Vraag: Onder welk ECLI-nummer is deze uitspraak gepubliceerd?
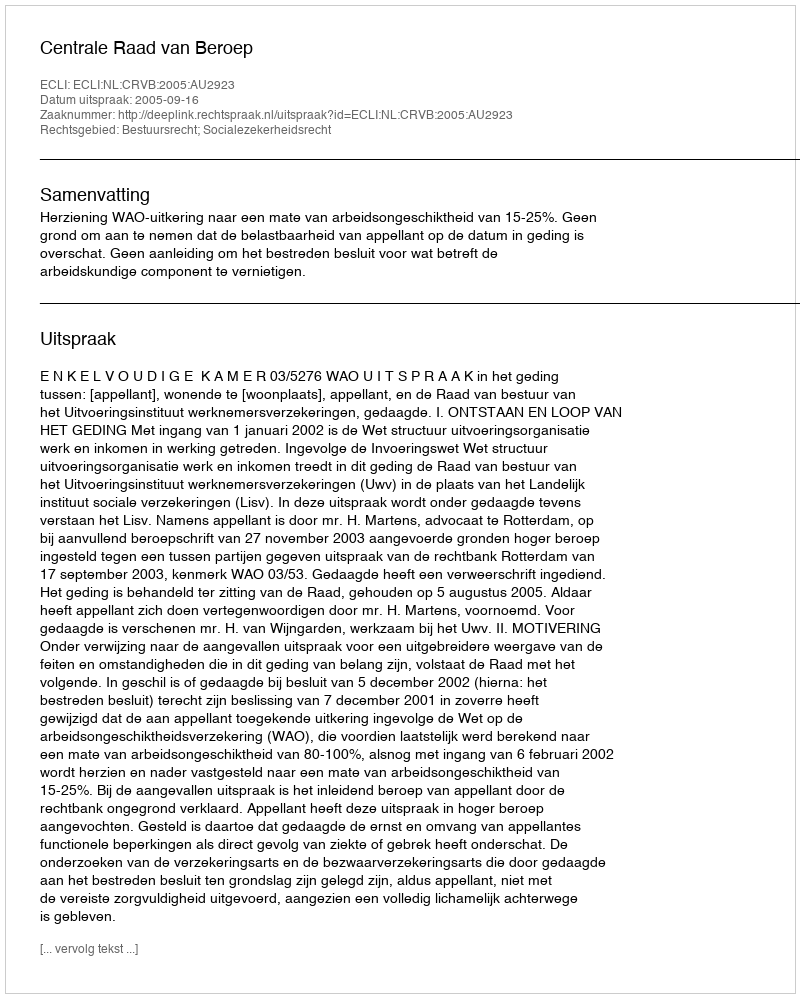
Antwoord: ECLI:NL:CRVB:2005:AU2923